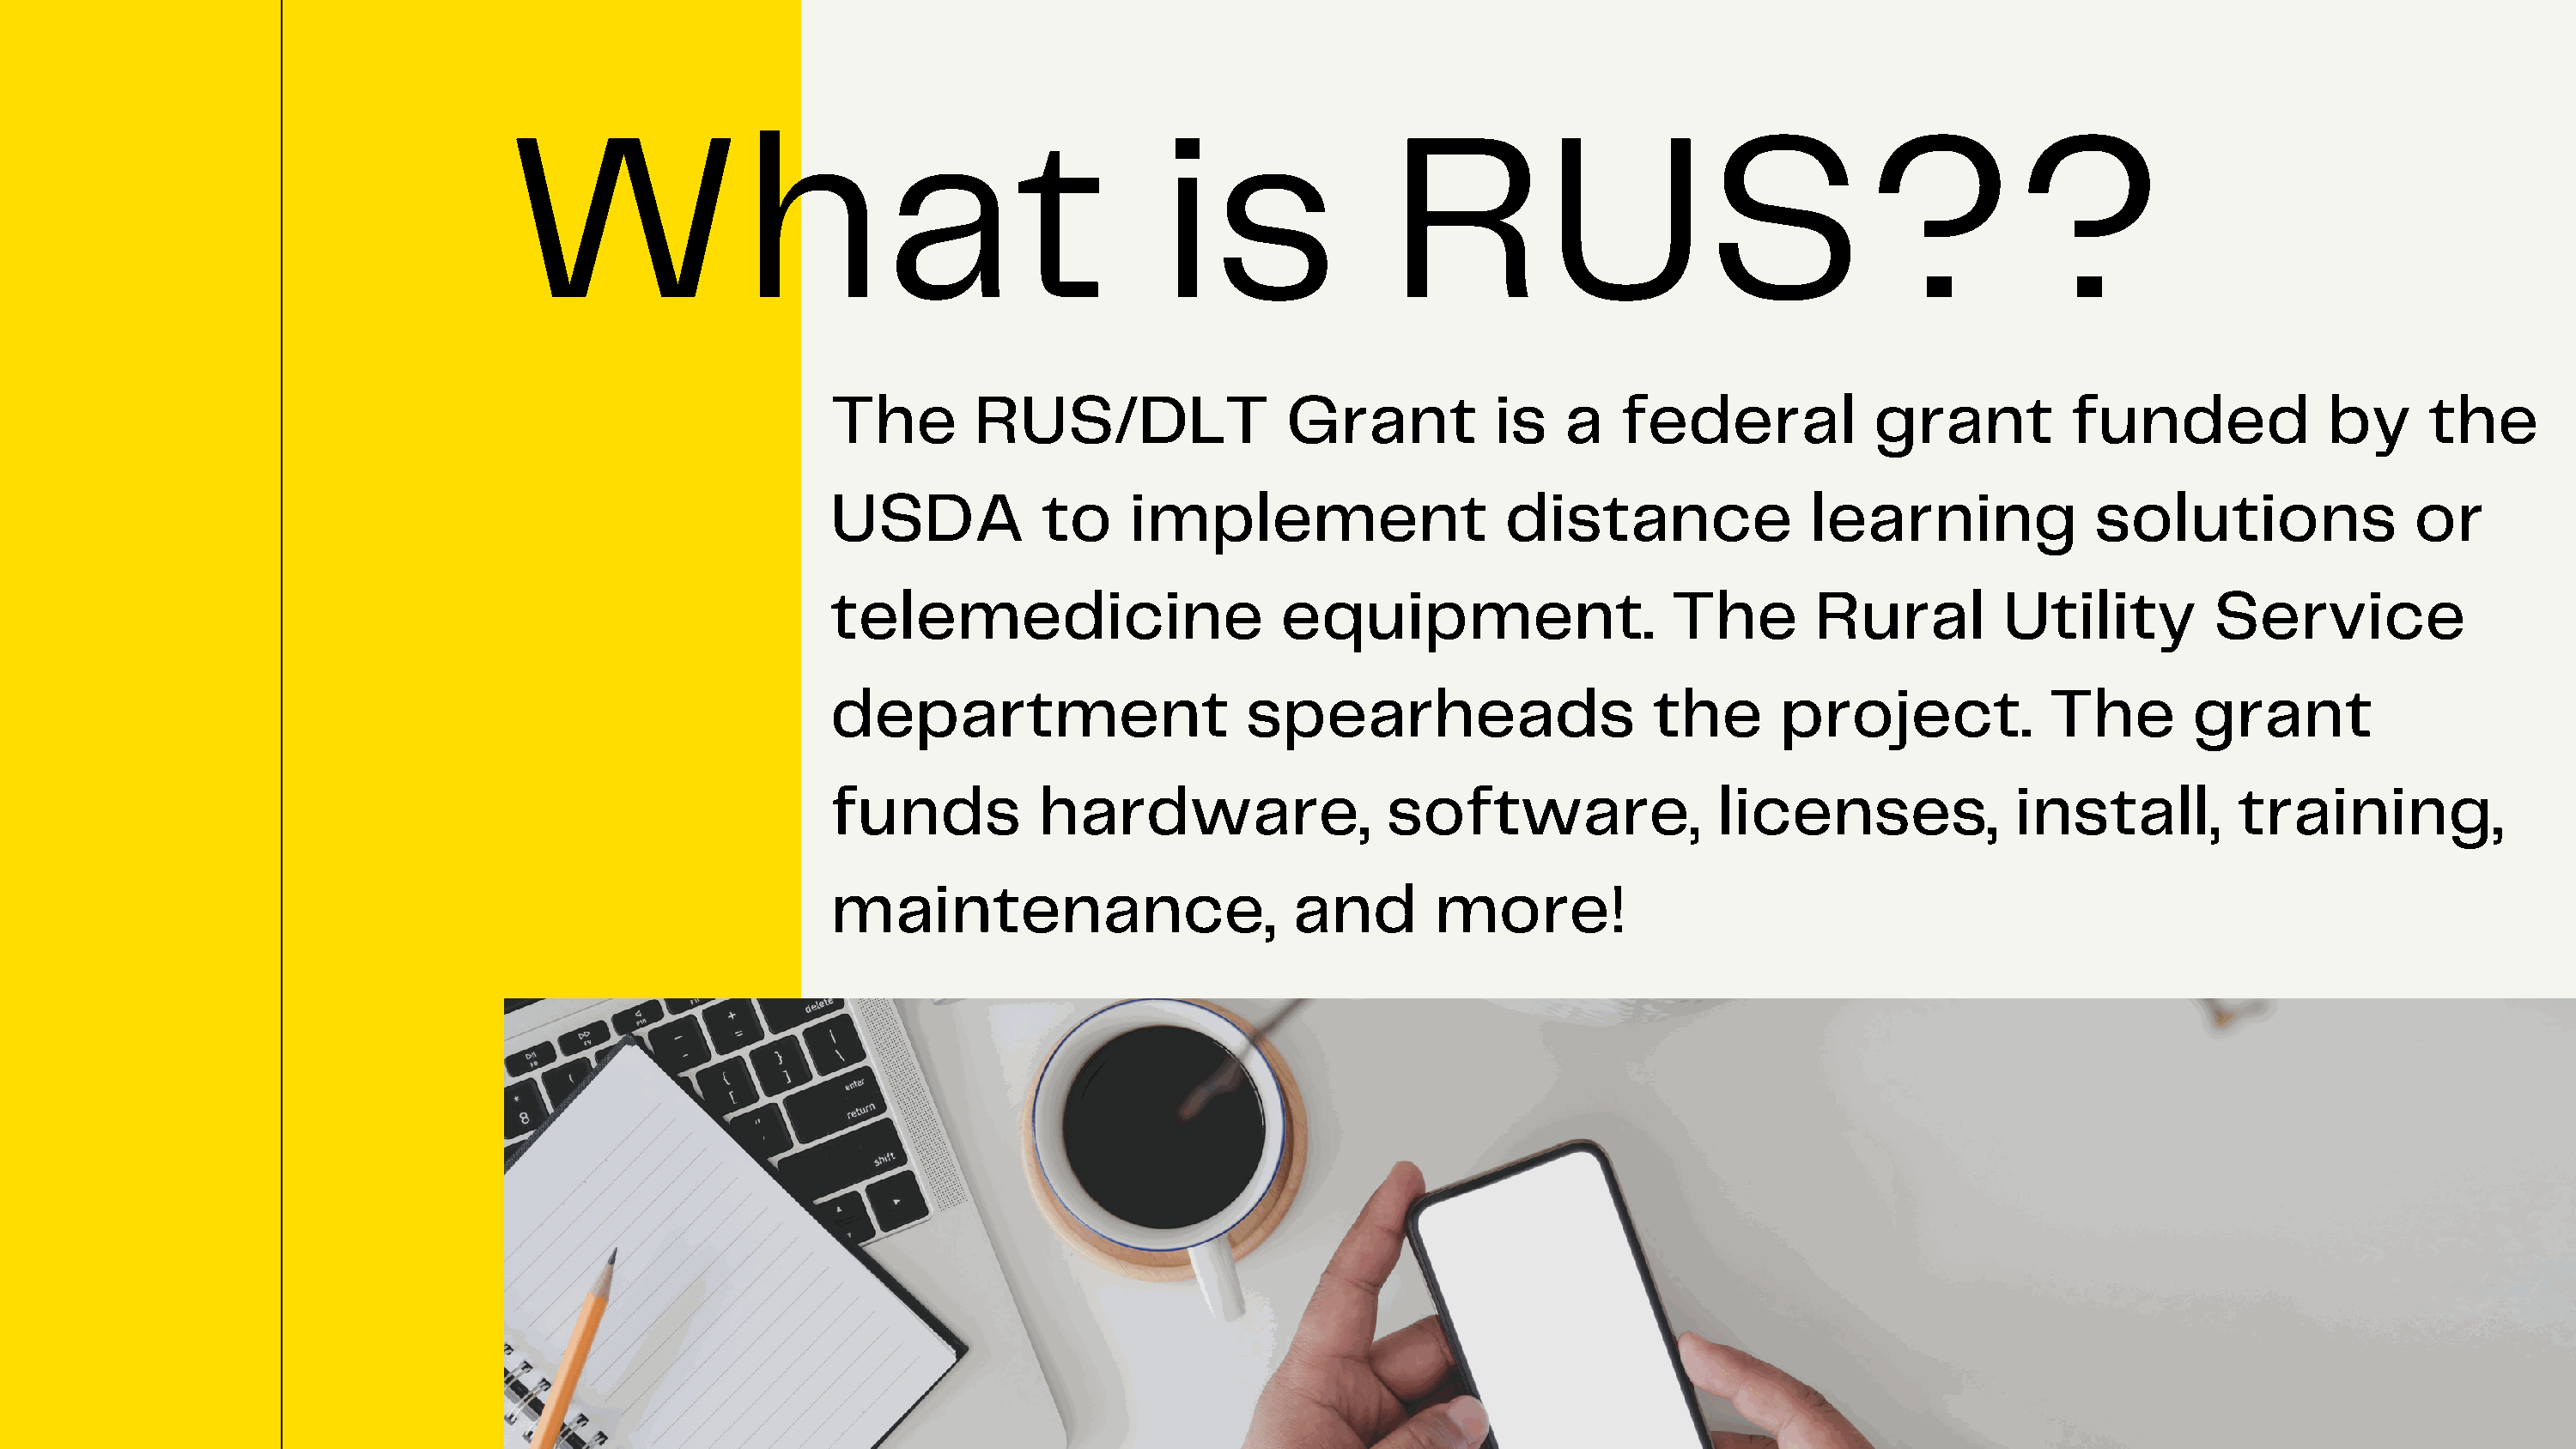
What                                              is                RUS??
 The        RUS/DLT                 Grant           is    a   federal            grant           funded             by      the
 USDA            to     implement                    distance                learning              solutions               or
 telemedicine                       equipment.                    The        Rural         Utility          Service
 department                      spearheads                     the       project.             The        grant
 funds           hardware,                  software,                licenses,              install,          training,
 maintenance,                        and        more!